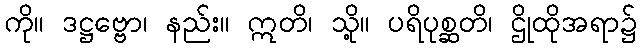
ကို။ ဒဋ္ဌဗ္ဗော၊ နည်း။ ဣတိ၊ သို့။ ပရိပုစ္ဆတိ၊ ဌိုထိုအရာ၌